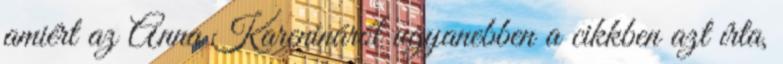
amiért az Anna Karenináról ugyanebben a cikkben azt írta,